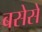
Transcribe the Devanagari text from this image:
बसेसे